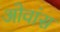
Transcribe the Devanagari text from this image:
ओवांस